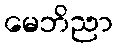
မေဘိညာ